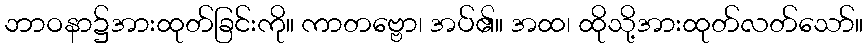
ဘာဝနာ၌အားထုတ်ခြင်းကို။ ကာတဗ္ဗော၊ အပ်၏။ အထ၊ ထိုသို့အားထုတ်လတ်သော်။